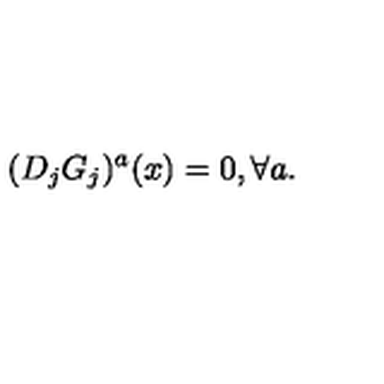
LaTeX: ( D _ { j } G _ { j } ) ^ { a } ( x ) = 0 , \forall a .